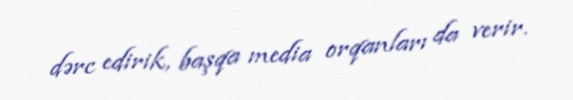
dərc edirik, başqa media orqanları da verir.